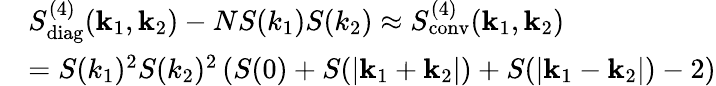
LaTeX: \begin{array}{rl}&{S_{\mathrm{diag}}^{(4)}(\textbf{k}_{1},\textbf{k}_{2})-NS(k_{1})S(k_{2})\approx S_{\mathrm{conv}}^{(4)}(\textbf{k}_{1},\textbf{k}_{2})}\\ &{=S(k_{1})^{2}S(k_{2})^{2}\left(S(0)+S(|\textbf{k}_{1}+\textbf{k}_{2}|)+S(|\textbf{k}_{1}-\textbf{k}_{2}|)-2\right)}\end{array}